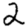
Digit: 2